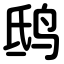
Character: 鸱